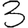
Digit: 3